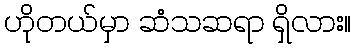
ဟိုတယ်မှာ ဆံသဆရာ ရှိလား။